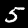
Digit: 5